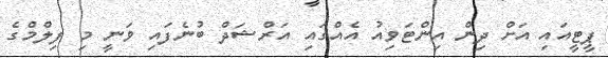
ޕީޓީއައި އަށް ދިން އިންޓަވިއު އެއްގައި އަރްޝަދް ބުނެފައި ވަނީ މި ފިލްމްގެ